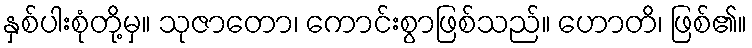
နှစ်ပါးစုံတို့မှ။ သုဇာတော၊ ကောင်းစွာဖြစ်သည်။ ဟောတိ၊ ဖြစ်၏။